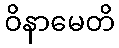
ဝိနာမေတိ